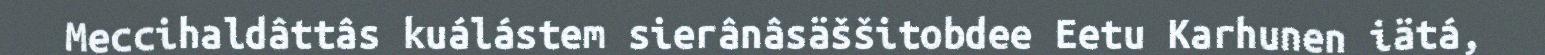
Meccihaldâttâs kuálástem sierânâsäššitobdee Eetu Karhunen iätá,